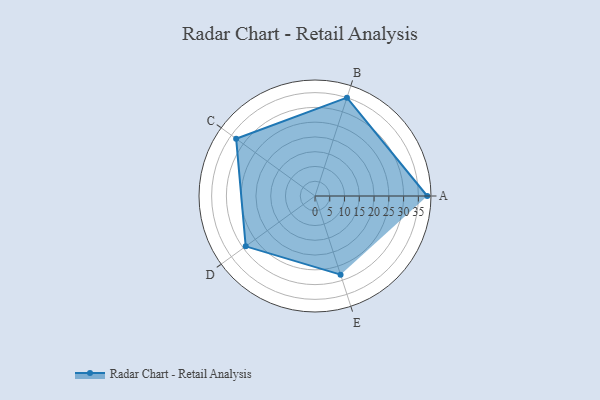
{"axis": {"x": "Skill", "y": "Score"}, "legend": ["Profile"], "data": [{"x": "A", "y": 38.0, "type": "Profile"}, {"x": "B", "y": 35.0, "type": "Profile"}, {"x": "C", "y": 33.0, "type": "Profile"}, {"x": "D", "y": 29.0, "type": "Profile"}, {"x": "E", "y": 28.0, "type": "Profile"}]}